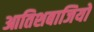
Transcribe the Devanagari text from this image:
आतिशबाजियों